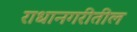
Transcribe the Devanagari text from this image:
राधानगरीतील